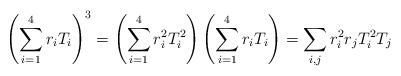
\begin{align*}\left(\sum_{i= 1}^4 {r_iT_i}\right)^3 =\left(\sum_{i= 1}^4 {r_i^2 T_i^2}\right) \left(\sum_{i= 1}^4 {r_iT_i}\right)=\sum_{i,j}r_i^2r_jT_i^2T_j\end{align*}